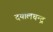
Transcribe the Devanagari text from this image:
दयालचन्द्र